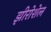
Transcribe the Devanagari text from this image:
झीरोशेल